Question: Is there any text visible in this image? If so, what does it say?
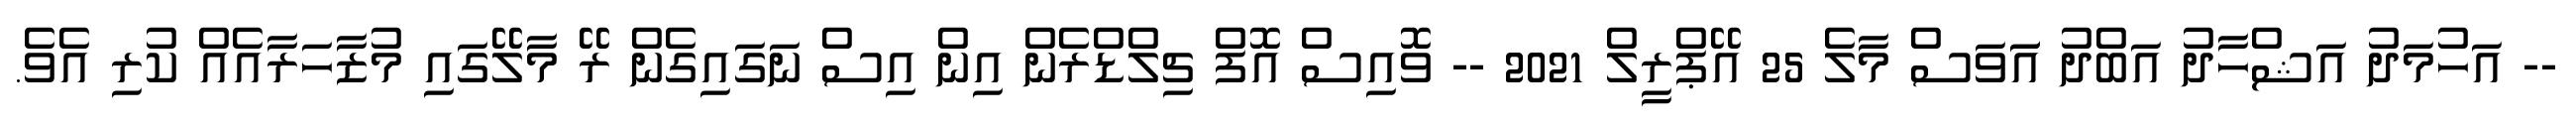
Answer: -- އަހުމަދު އަޝްހާދު އަބްދު އަަވަސް މާލެ 25 އޭޕްރީލް 2021 -- ވޮއިސް އޮފް ޗިލްޑްރެން އިން އިސް ނަގައިގެން ރޭ މާލޭގައި މުޒާހަރާއެއް ކުރި އެވެ.